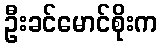
ဦးခင်မောင်စိုးက